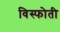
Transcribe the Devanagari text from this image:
विस्फोती